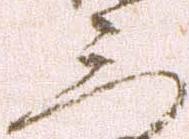
三